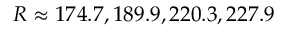
R \approx 1 7 4 . 7 , 1 8 9 . 9 , 2 2 0 . 3 , 2 2 7 . 9